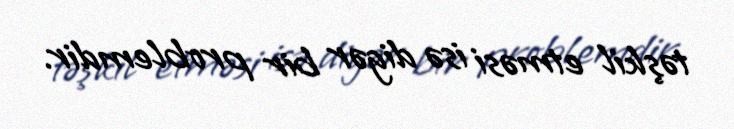
təşkil etməsi isə digər bir problemdir.